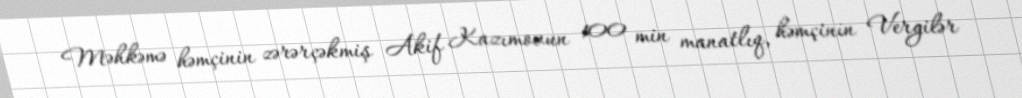
Məhkəmə həmçinin zərərçəkmiş Akif Kazımovun 100 min manatlıq, həmçinin Vergilər